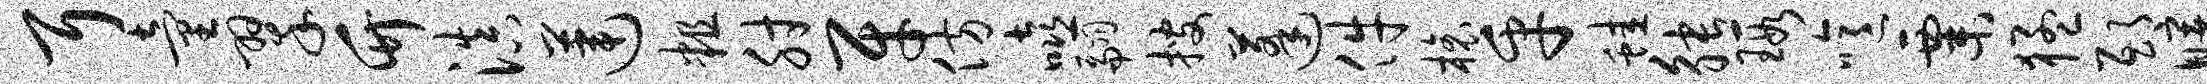
耳童翠竹滇莲粗肘牙仿嘻翩搜蓬件榱乎蛙觖瑕噫粟猛邸曙